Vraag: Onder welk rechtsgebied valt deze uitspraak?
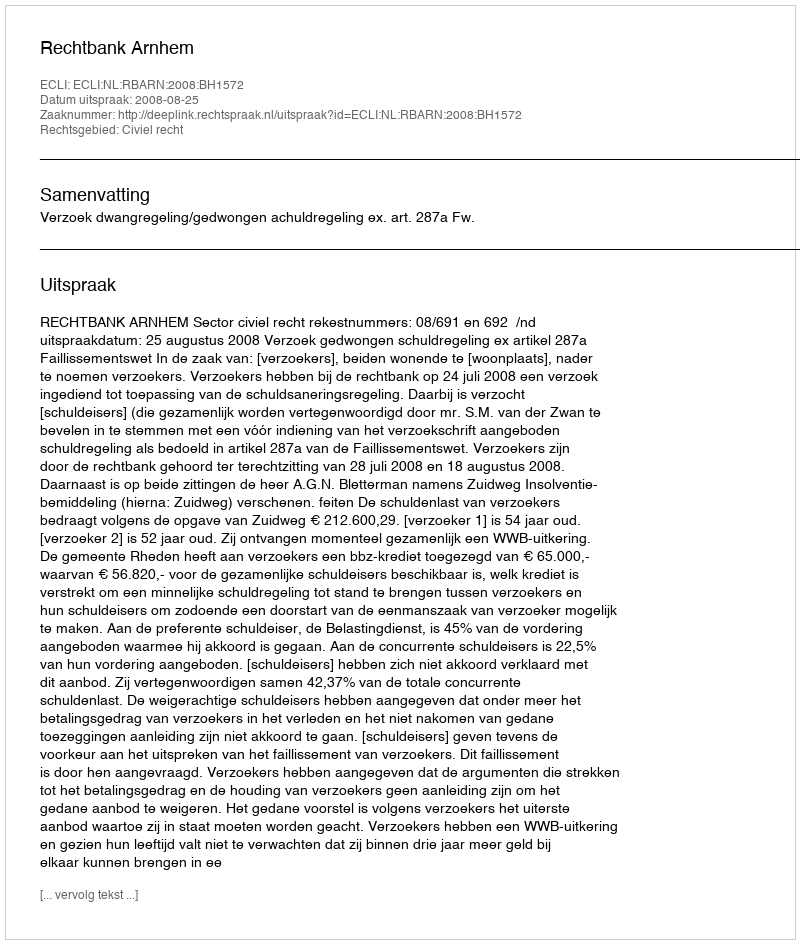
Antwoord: Civiel recht